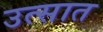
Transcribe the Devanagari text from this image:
उत्सात